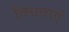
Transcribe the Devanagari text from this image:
विधवाएं